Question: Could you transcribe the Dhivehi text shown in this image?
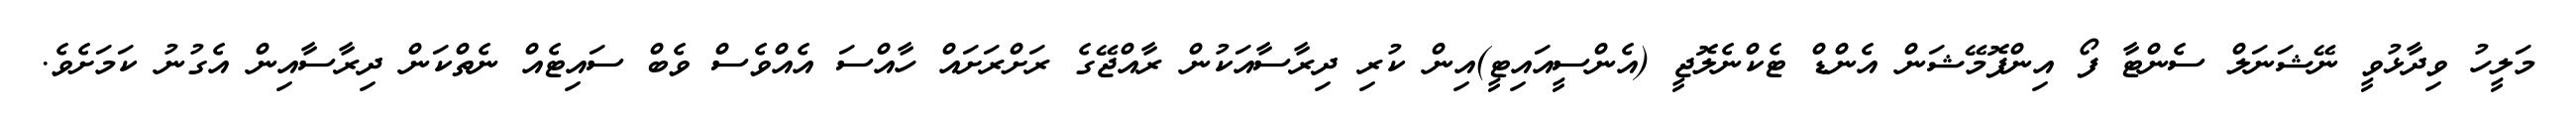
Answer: މަލީހު ވިދާޅުވީ ނޭޝަނަލް ސެންޓާ ފޯ އިންފޮމޭޝަން އެންޑް ޓެކްނެލޮޖީ (އެންސީއައިޓީ)އިން ކުރި ދިރާސާއަކުން ރާއްޖޭގެ ރަށްރަށައް ހާއްސަ އެއްވެސް ވެބް ސައިޓެއް ނެތްކަން ދިރާސާއިން އެގުނު ކަމަށެވެ.